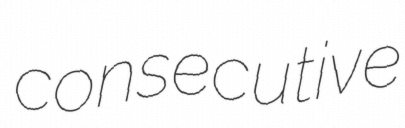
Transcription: consecutive